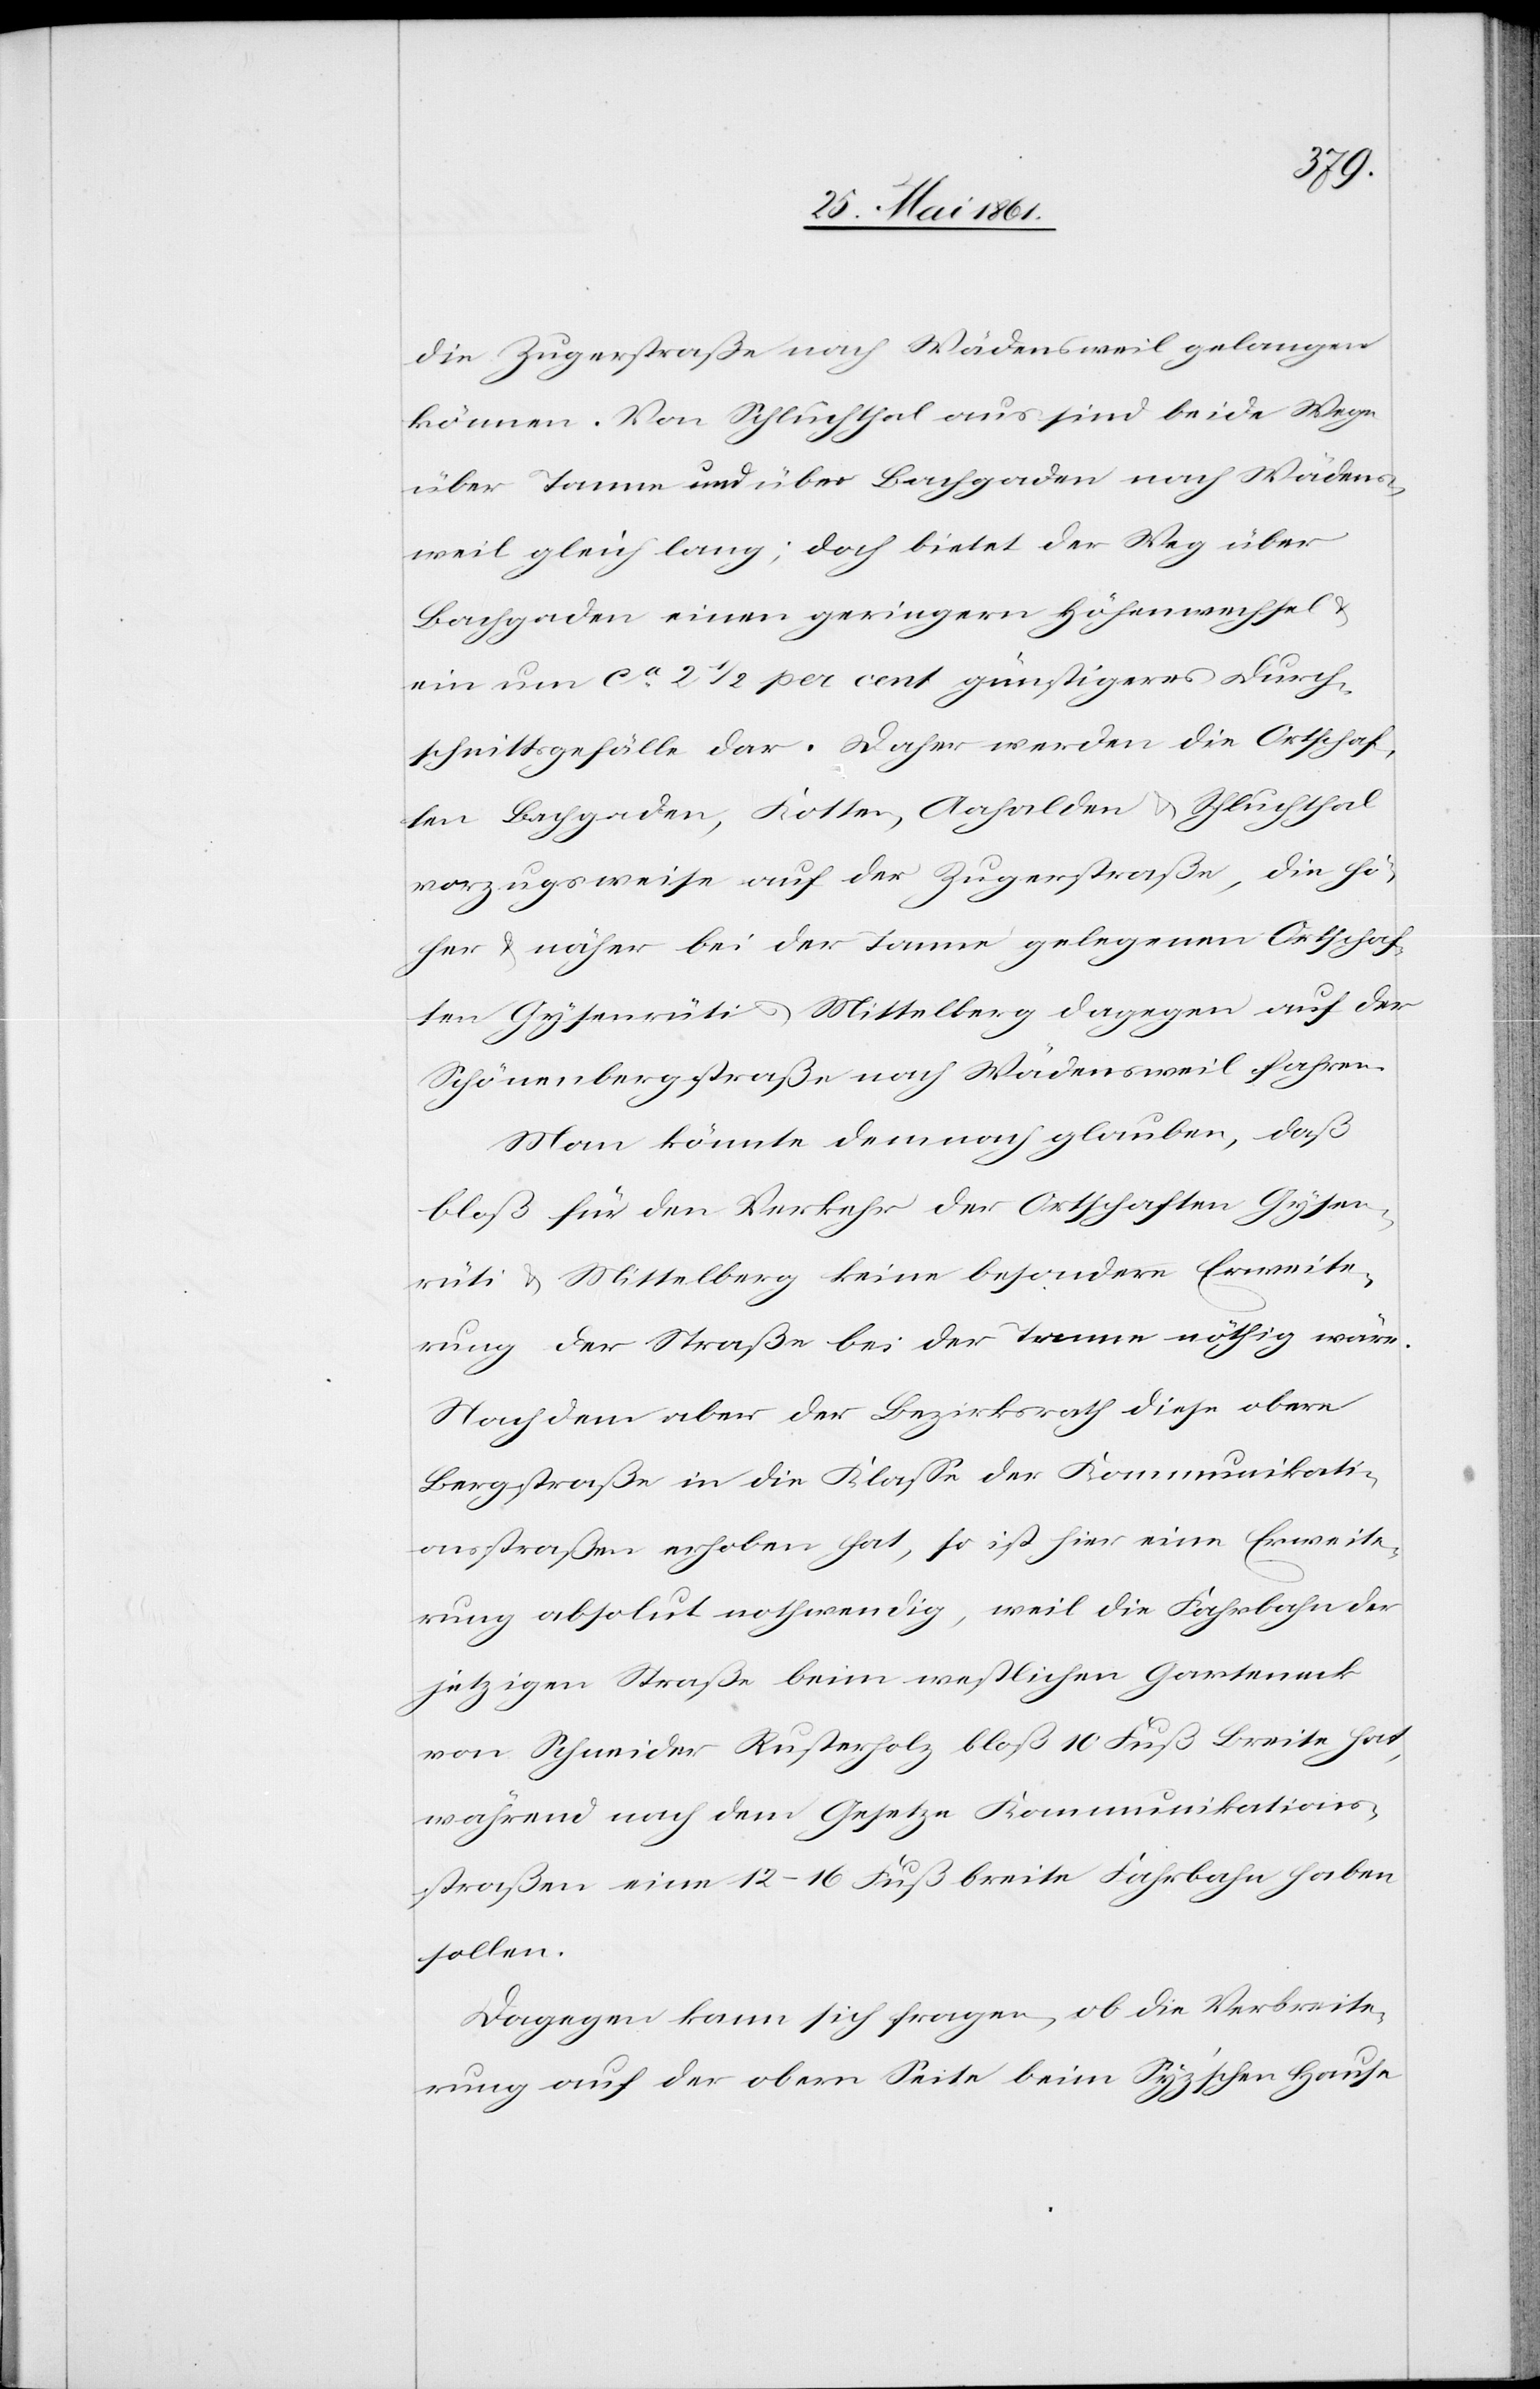
die Zugerstraße nach Wädensweil gelangen
können. Von Schluchthal aus sind beide Wege
über Tanne und über Bachgaden nach Wädens¬
weil gleich lang; doch bietet der Weg über
Bachgaden einen geringern Höhenwechsel u.
ein nur ca 2 1/2 per cent günstigeres Durch¬
schnittsgefälle dar. Daher werden die Ortschaf¬
ten Bachgaden, Kotten, Aahalden u. Schluchthal
vorzugsweise auf der Zugerstraße, die hö¬
her u. näher bei der Tanne gelegenen Ortschaf¬
ten Gysenrüti u. Mittelberg dagegen auf der
Schönenbergstraße nach Wädensweil fahren.
Man könnte demnach glauben, daß
bloß für den Verkehr der Ortschaften Gysen¬
rüti u. Mittelberg keine besondere Erweite¬
rung der Straße bei der Tanne nöthig wäre.
Nachdem aber der Bezirksrath diese obere
Bergstraße in die Klasse der Kommunikati¬
onsstraßen erhoben hat, so ist hier eine Erweite¬
rung absolut nothwendig, weil die Fahrbahn der
jetzigen Straße beim westlichen Garteneck
von Schneider Rusterholz bloß 10 Fuß Breite hat,
während nach dem Gesetze Kommunikations¬
straßen eine 12–16 Fuß breite Fahrbahn haben
sollen.
Dagegen kann sich fragen, ob die Verbreite¬
rung auf der obern Seite beim Syz’schen Hause